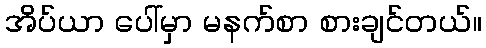
အိပ်ယာ ပေါ်မှာ မနက်စာ စားချင်တယ်။